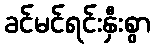
ခင်မင်ရင်းနှီးစွာ